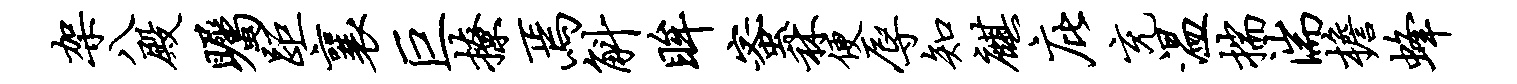
架八殿瞩距襄巨撩焉斛眸蜜秫便辱知麒庇充温揣湍檐蜂